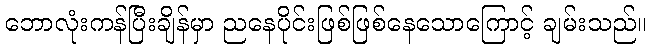
ဘောလုံးကန်ပြီးချိန်မှာ ညနေပိုင်းဖြစ်ဖြစ်နေသောကြောင့် ချမ်းသည်။